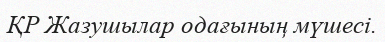
ҚР Жазушылар одағының мүшесі.